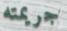
جريمته